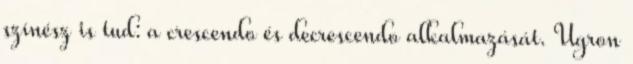
színész is tud: a crescendo és decrescendo alkalmazását. Ugron